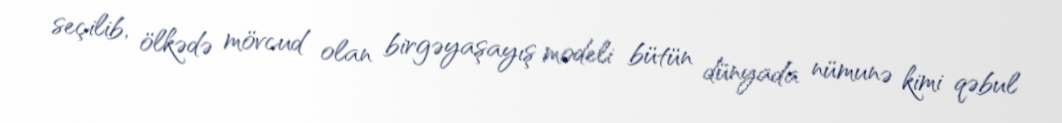
seçilib, ölkədə mövcud olan birgəyaşayış modeli bütün dünyada nümunə kimi qəbul